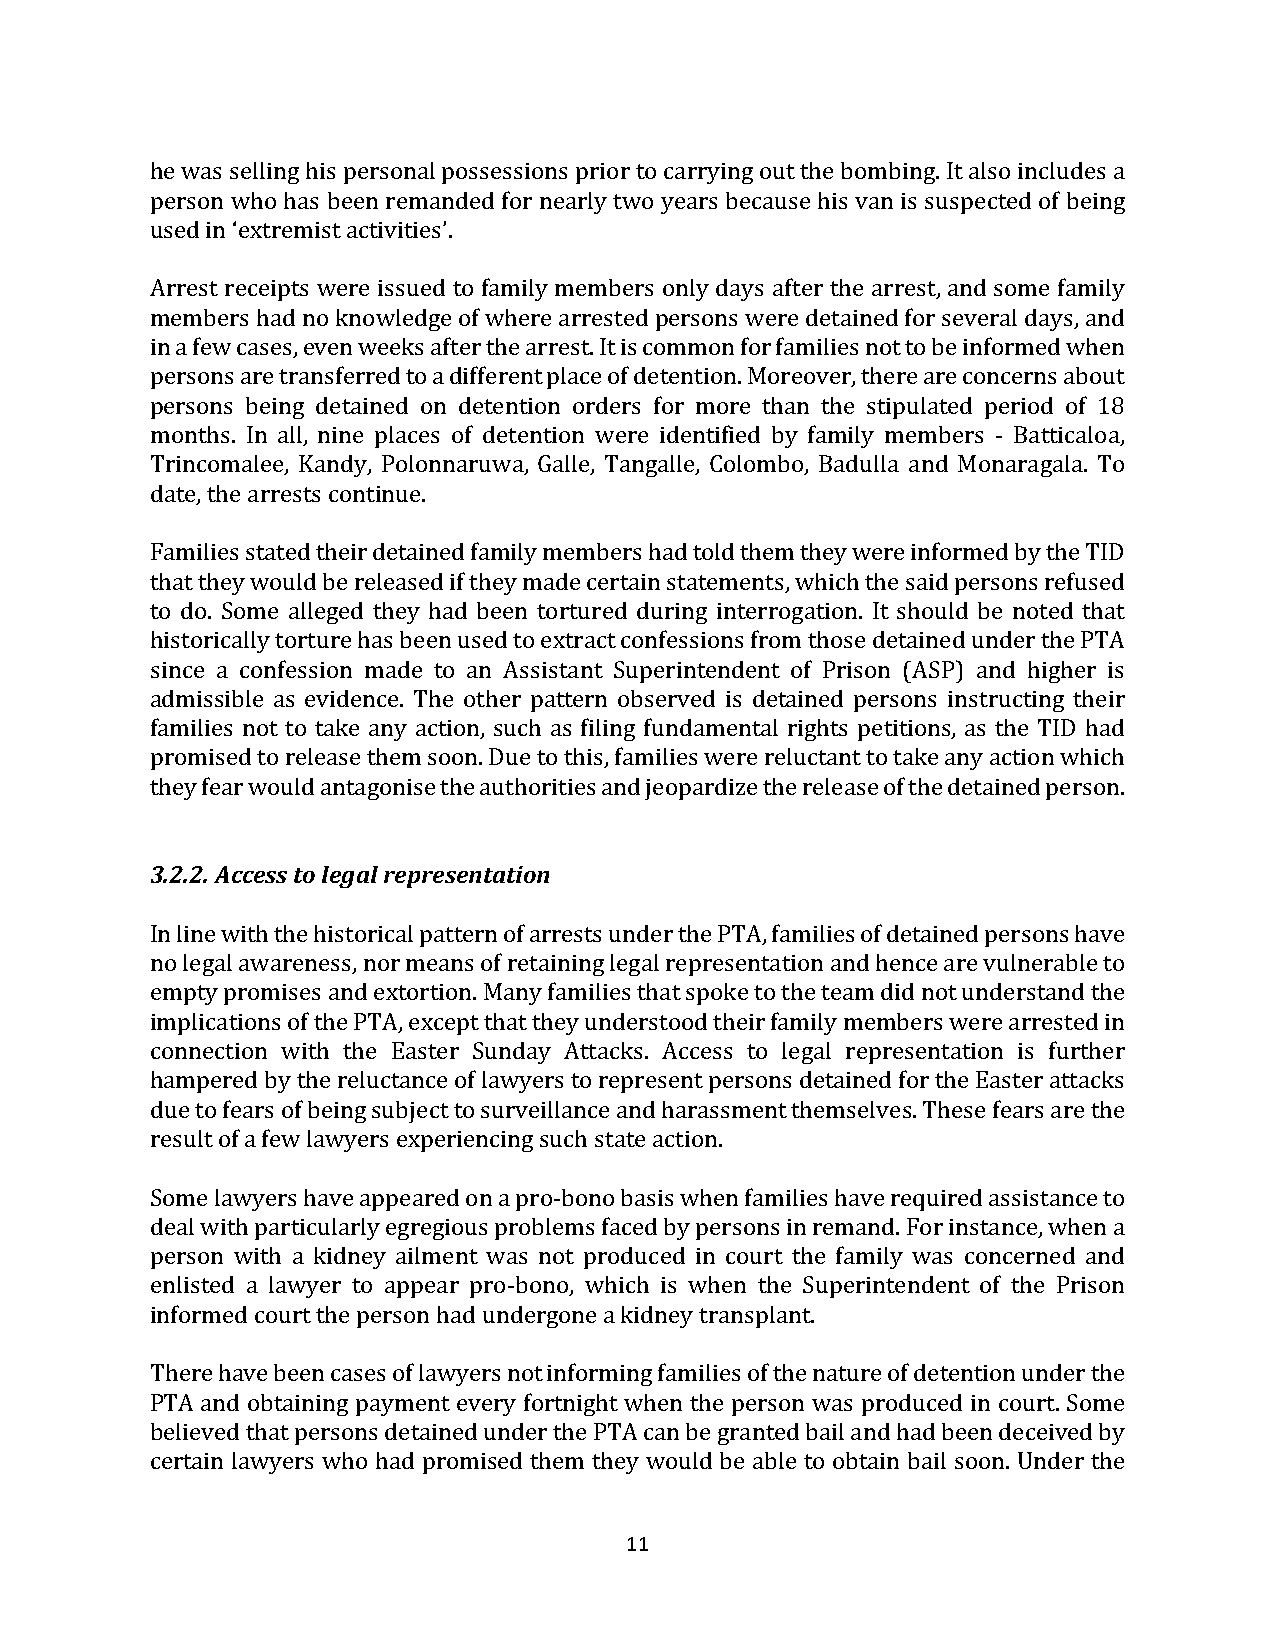
he was selling his personal possessions prior to carrying out the bombing. It also includes a
 person who has been remanded for nearly two years because his van is suspected of being
 used in ‘extremist activities’.
 Arrest receipts were issued to family members only days after the arrest, and some family
 members had no knowledge of where arrested persons were detained for several days, and
 in a few cases, even weeks after the arrest. It is common for families not to be informed when
 persons are transferred to a different place of detention. Moreover, there are concerns about
 persons being detained on detention orders for more than the stipulated period of 18
 months. In all, nine places of detention were identified by family members - Batticaloa,
 Trincomalee, Kandy, Polonnaruwa, Galle, Tangalle, Colombo, Badulla and Monaragala. To
 date, the arrests continue.
 Families stated their detained family members had told them they were informed by the TID
 that they would be released if they made certain statements, which the said persons refused
 to do. Some alleged they had been tortured during interrogation. It should be noted that
 historically torture has been used to extract confessions from those detained under the PTA
 since a confession made to an Assistant Superintendent of Prison (ASP) and higher is
 admissible as evidence. The other pattern observed is detained persons instructing their
 families not to take any action, such as filing fundamental rights petitions, as the TID had
 promised to release them soon. Due to this, families were reluctant to take any action which
 they fear would antagonise the authorities and jeopardize the release of the detained person.
 3.2.2. Access to legal representation
 In line with the historical pattern of arrests under the PTA, families of detained persons have
 no legal awareness, nor means of retaining legal representation and hence are vulnerable to
 empty promises and extortion. Many families that spoke to the team did not understand the
 implications of the PTA, except that they understood their family members were arrested in
 connection with the Easter Sunday Attacks. Access to legal representation is further
 hampered by the reluctance of lawyers to represent persons detained for the Easter attacks
 due to fears of being subject to surveillance and harassment themselves. These fears are the
 result of a few lawyers experiencing such state action.
 Some lawyers have appeared on a pro-bono basis when families have required assistance to
 deal with particularly egregious problems faced by persons in remand. For instance, when a
 person with a kidney ailment was not produced in court the family was concerned and
 enlisted a lawyer to appear pro-bono, which is when the Superintendent of the Prison
 informed court the person had undergone a kidney transplant.
 There have been cases of lawyers not informing families of the nature of detention under the
 PTA and obtaining payment every fortnight when the person was produced in court. Some
 believed that persons detained under the PTA can be granted bail and had been deceived by
 certain lawyers who had promised them they would be able to obtain bail soon. Under the
 11